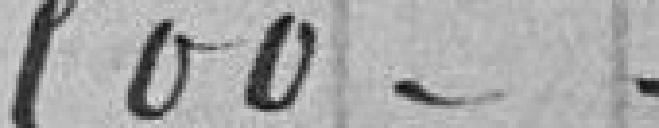
500